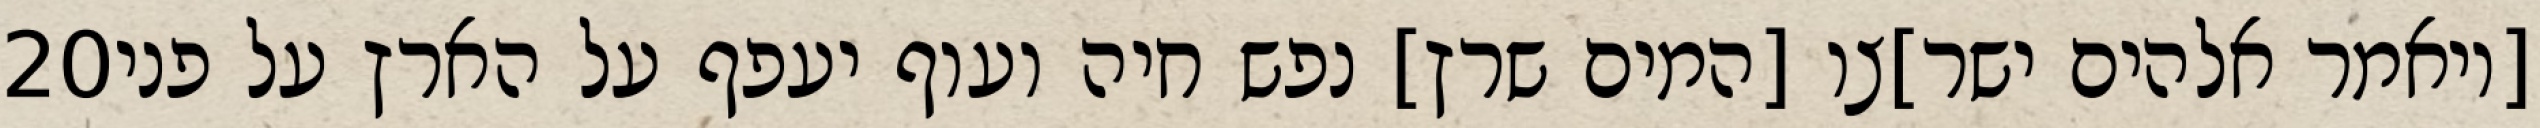
‎20‏ [ויאמר אלהים ישר]צו [המים שרץ] נפש חיה ועוף יעפף על הארץ על פני